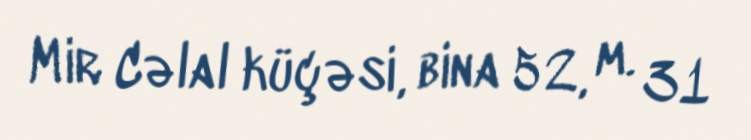
Mir Cəlal küçəsi, bina 52, m. 31